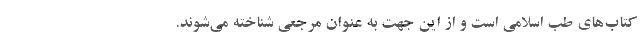
کتاب‌های طب اسلامی است و از این جهت به عنوان مرجعی شناخته می‌شوند.